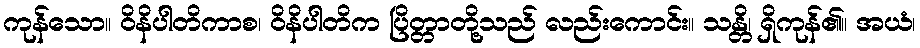
ကုန်သော။ ဝိနိပါတိကာစ၊ ဝိနိပါတိက ပြိတ္တာတို့သည် လည်းကောင်း။ သန္တိ၊ ရှိကုန်၏။ အယံ၊